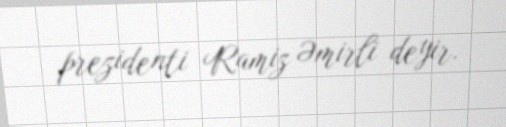
prezidenti Ramiz Əmirli deyir.